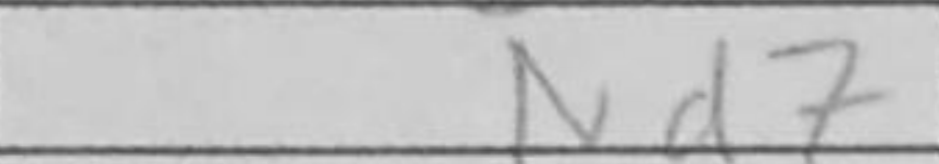
Transcription: Nd7